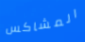
المشاكس